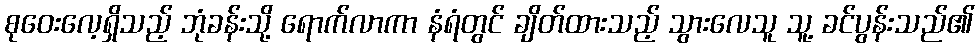
စုဝေးလေ့ရှိသည့် ဘုံခန်းသို့ ရောက်လာကာ နံရံတွင် ချိတ်ထားသည့် သွားလေသူ သူ့ ခင်ပွန်းသည်၏